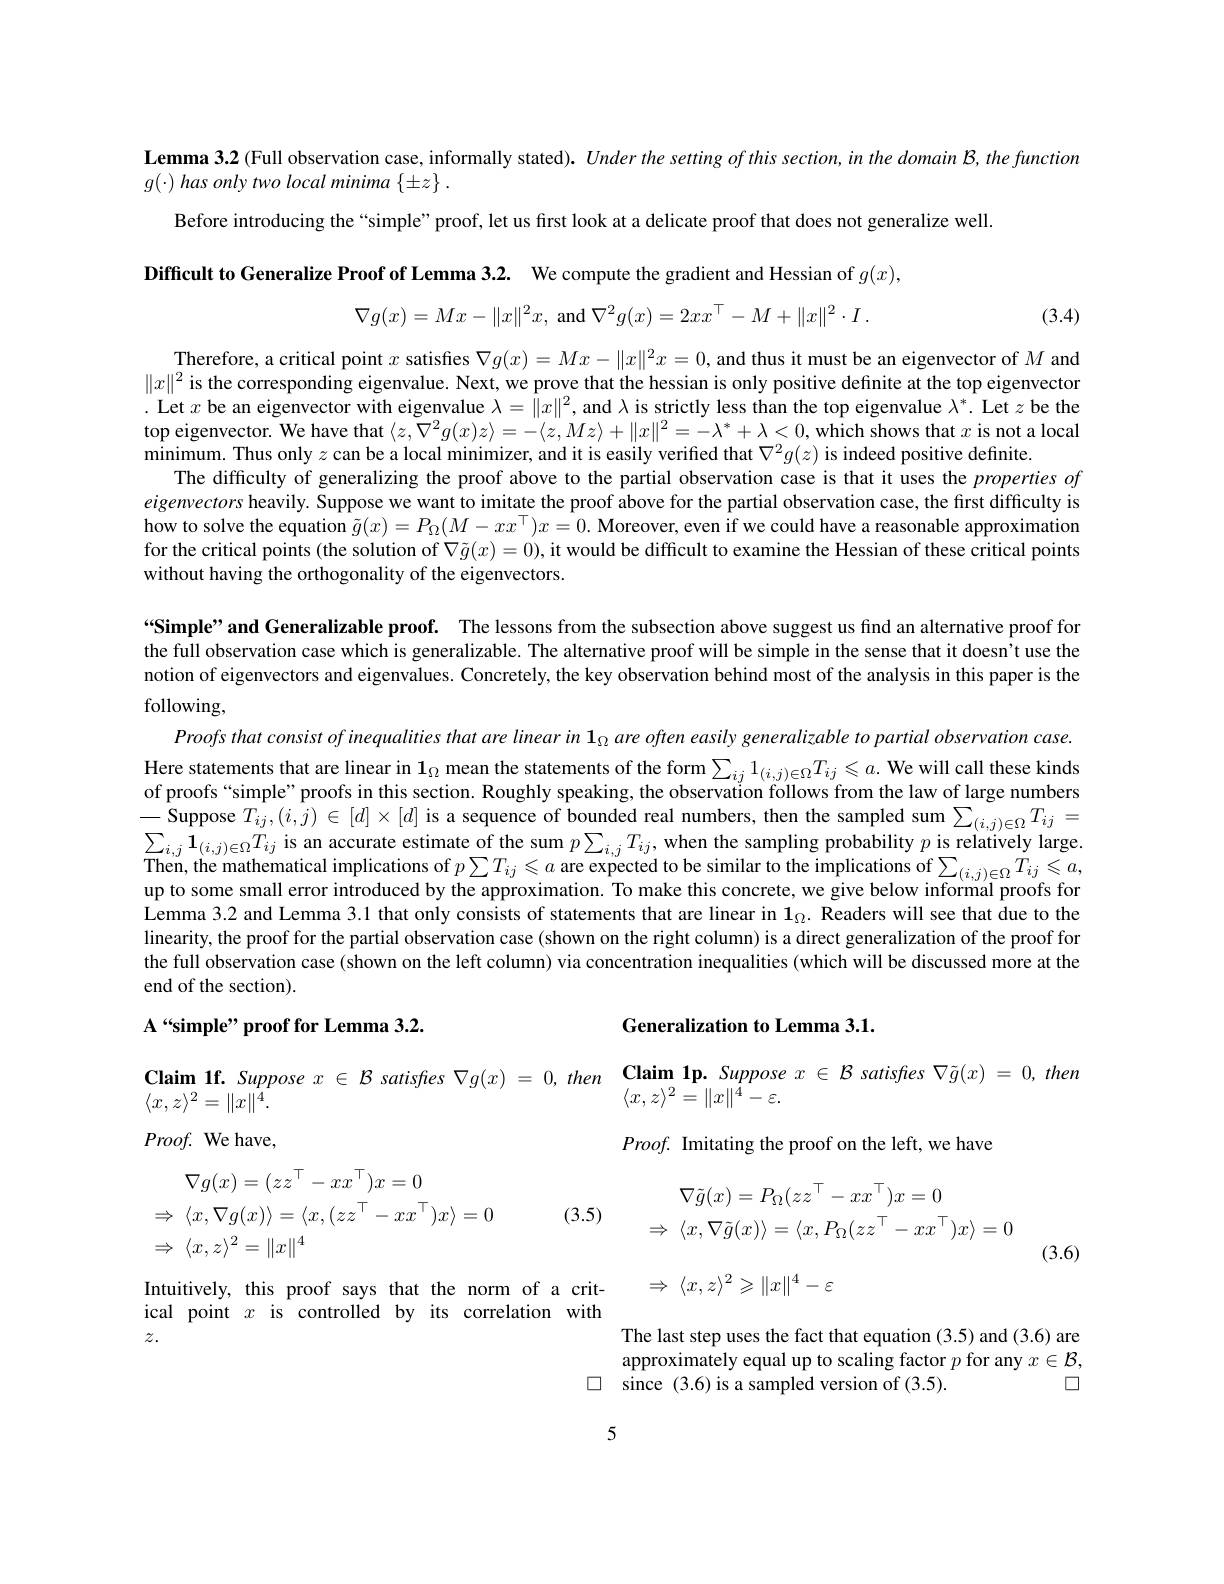
Lemma 3.2 (Full observation case, informally stated). Under the setting of this section, in the domain B, the function
$g( \cdot ) \textit{ has only two local minima }\{ \pm z\}$ .
Before introducing the “simple” proof, let us first look at a delicate proof that does not generalize well
Difficult to Generalize Proof of Lemma 3.2. We compute the gradient and Hessian of $g(x)$,
$$\nabla g(x)=Mx-\|x\|^2x,\text{and}\nabla^2g(x)=2xx^\top-M+\|x\|^2\cdot I\:.$$
(3.4)

Therefore, a critical point $x$ satisfies
and thus it must be an eigenvector of $M$ and
$$\nabla g(x)=Mx-\|x\|^{2}x=0,$$
$\|x\|^2$ is the corresponding eigenvalue. Next, we prove that the hessian is only positive definite at the top eigenvector . Let $x$ be an eigenvector with eigenvalue $\lambda=\|x\|^2$, and $\lambda$ is strictly less than the top eigenvalue $\lambda^*.$ Let $z$ be the top eigenvector. We have that
which shows that $x$ is not a local
$$\langle z,\nabla^{2}g(x)z\rangle=-\langle z,Mz\rangle+\|x\|^{2}=-\lambda^{*}+\lambda<0,$$
minimum. Thus only $z$ can be a local minimizer, and it is easily verified that $\nabla^2g(z)$ is indeed positive definite.
The difficulty of generalizing the proof above to the partial observation case is that it uses the $properties\textit{of}$ eigenvectors heavily. Suppose we want to imitate the proof above for the partial observation case, the first difficulty is how to solve the equation $\tilde{g}(x)=P_\Omega(M-xx^\top)x=0.\tilde{\text{Moreover,evenifwecouldhaveareasonableapproximation}}$ for the critical points (the solution of $\nabla\tilde{g}(x)=0)$, it would be difficult to examine the Hessian of these critical points without having the orthogonality of the eigenvectors.

“Simple” and Generalizable proof. The lessons from the subsection above suggest us find an alternative proof for the full observation case which is generalizable. The alternative proof will be simple in the sense that it doesn't use the notion of eigenvectors and eigenvalues. Concretely, the key observation behind most of the analysis in this paper is the

following,

Proofs that consist $of$ inequalities that are linear $in$ $1_{\Omega }$ are often easily generalizable $to$ partial observation $case.$ Here statements that are linear in $\mathbf{1}_{\Omega}$ mean the statements of the form $\sum_{ij}1_{(i,j)\in\Omega}T_{ij}\leqslant a.$ We will call these kinds of proofs “simple” proofs in this section. Roughly speaking, the observation follows from the law of large numbers -Suppose $T_ij,(i,j)\in[d]\times[d]$ is a sequence of bounded real numbers, then the sampled sum $\sum_{(i,j)\in\Omega}T_{ij}=$ $\sum_{i,j}\mathbf{1}_{(i,j)\in\Omega}T_{ij}$ is an accurate estimate of the sum $p\sum_i,jT_{ij}$, when the sampling probability $p$ is relatively large. Then, the mathematical implications of $p\sum T_{ij}\leqslant\alpha$ are expected to be similar to the implications of $\sum_{(i,j)\in\Omega}T_{ij}\leqslant a$ up to some small error introduced by the approximation. To make this concrete, we give below informal proofs for Lemma 3.2 and Lemma 3.1 that only consists of statements that are linear in $\mathbf{1}_{\Omega}.$ Readers will see that due to the linearity, the proof for the partial observation case (shown on the right column) is a direct generalization of the proof for the full observation case (shown on the left column) via concentration inequalities (which will be discussed more at the end of the section).

### $\textbf{A“ simple” proof for Lemma 3. 2. }$

## Generalization to Lemma 3.1.

$\textbf{Claim 1f. Suppose }x\in \mathcal{B}$ satisfres $\nabla g( x) = 0, then$ $\textbf{Claim 1p. Suppose }x\in \mathcal{B}$ satisfies $\nabla\tilde{g}(x)=0,then$
$\langle x,z\rangle^{2}=\|x\|^{\dot{4}}-\varepsilon.$

$\langle x,z\rangle^2=\|x\|^4.$ $Proof.{\mathrm{~We~have,}}$

$Proof. \textbf{Imitating the proof on the left, we have}$
$$\begin{aligned}&\nabla\tilde{g}(x)=P_{\Omega}(zz^{\top}-xx^{\top})x=0\\&\Rightarrow\:\langle x,\nabla\tilde{g}(x)\rangle=\langle x,P_{\Omega}(zz^{\top}-xx^{\top})x\rangle=0\\&\Rightarrow\:\langle x,z\rangle^{2}\geqslant\|x\|^{4}-\varepsilon\end{aligned}$$
$$\nabla g(x)=(zz^{\top}-xx^{\top})x=0\\\Rightarrow\:\langle x,\nabla g(x)\rangle=\langle x,(zz^{\top}-xx^{\top})x\rangle=0\\\Rightarrow\:\langle x,z\rangle^{2}=\|x\|^{4}$$
(3.5)

(3.6)

Intuitively, this proof says that the norm of a critical point $x$ is controlled by its correlation with $z.$

The last step uses the fact that equation (3.5) and (3.6) are approximately equal up to scaling factor $p$ for any $x\in\mathcal{B}$,
$\square$
$\square$ since (3.6)is a sampled version of (3.5).

5